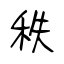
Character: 秩